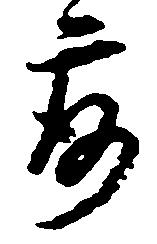
露